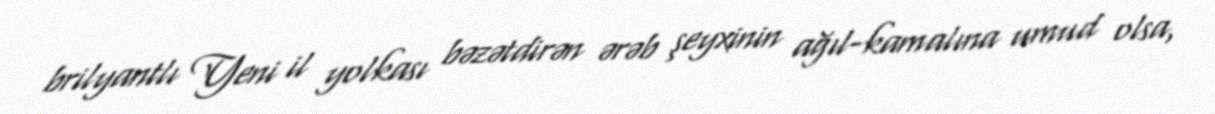
brilyantlı Yeni il yolkası bəzətdirən ərəb şeyxinin ağıl-kamalına umud olsa,